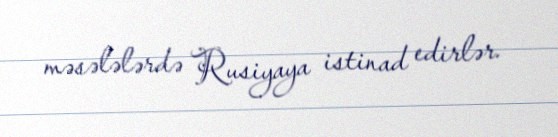
məsələlərdə Rusiyaya istinad edirlər.